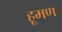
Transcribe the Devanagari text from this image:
हूमण